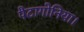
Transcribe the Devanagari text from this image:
पैटागोनिया।